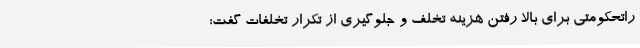
راتحکومتی برای بالا رفتن هزینه تخلف و جلوگیری از تکرار تخلفات گفت: